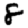
Digit: 8